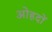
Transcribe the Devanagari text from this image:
अोहदों